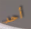
أحد